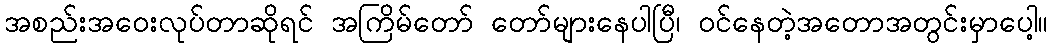
အစည်းအဝေးလုပ်တာဆိုရင် အကြိမ်တော် တော်များနေပါပြီ၊ ဝင်နေတဲ့အတောအတွင်းမှာပေါ့။